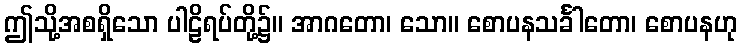
ဤသို့အစရှိသော ပါဠိရပ်တို့၌။ အာဂတော၊ သော။ စောပနသင်္ခါတော၊ စောပနဟု